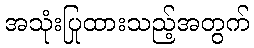
အသုံးပြုထားသည့်အတွက်